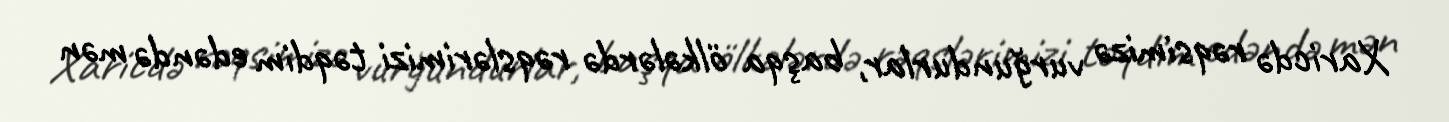
Xaricdə rəqsimizə vurğundurlar, başqa ölkələrdə rəqslərimizi təqdim edəndə mən